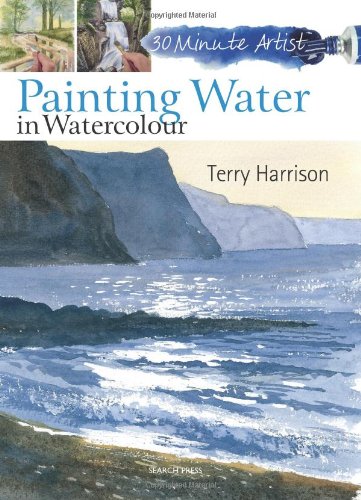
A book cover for Painting Water in Watercolour (30 Minute Artist); Terry Harrison; Arts & Photography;